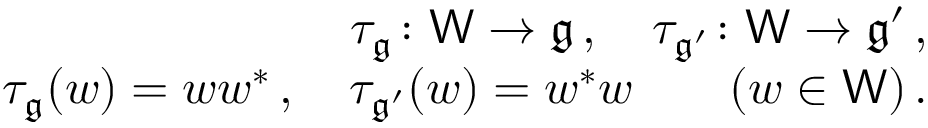
\begin{array} { r l r } & { } & { \tau _ { \mathfrak g } \colon \mathsf { W } \to \mathfrak g \, , \ \ \ \tau _ { \mathfrak g ^ { \prime } } \colon \mathsf { W } \to \mathfrak g ^ { \prime } \, , } \\ & { } & { \tau _ { \mathfrak g } ( w ) = w w ^ { * } \, , \ \ \ \tau _ { \mathfrak g ^ { \prime } } ( w ) = w ^ { * } w \qquad ( w \in \mathsf { W } ) \, . } \end{array}